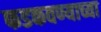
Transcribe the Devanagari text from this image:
फडकवण्याच्या